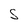
Character: S